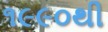
૧૯૯૦થી